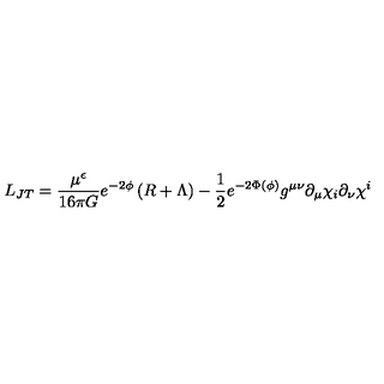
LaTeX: L _ { J T } = \frac { \mu ^ { \epsilon } } { 1 6 \pi G } e ^ { - 2 \phi } \left( R + \Lambda \right) - { \frac { 1 } { 2 } } e ^ { - 2 \Phi ( \phi ) } g ^ { \mu \nu } \partial _ { \mu } \chi _ { i } \partial _ { \nu } \chi ^ { i }